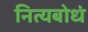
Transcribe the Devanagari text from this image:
नित्यबोधं